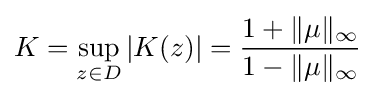
K=\sup _{z\in D}|K(z)|={\frac {1+\|\mu \|_{\infty }}{1-\|\mu \|_{\infty }}}